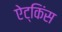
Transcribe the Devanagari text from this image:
ऐट्किंस